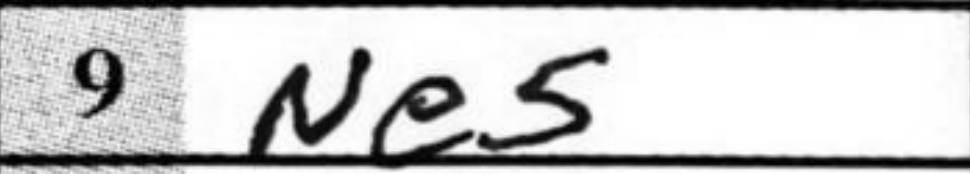
Transcription: Ne5